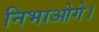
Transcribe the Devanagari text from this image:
निभाओगे।